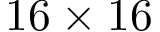
1 6 \times 1 6